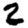
Digit: 2